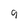
Character: 9